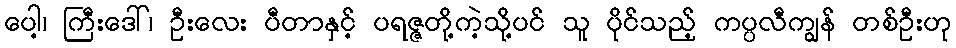
ပေါ့၊ ကြီးဒေါ်၊ ဦးလေး ပီတာနှင့် ပရဇ္ဇတို့ကဲ့သို့ပင် သူ ပိုင်သည့် ကပ္ပလီကျွန် တစ်ဦးဟု